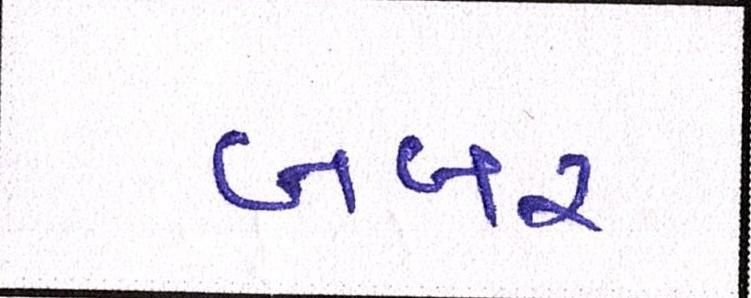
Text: બબર